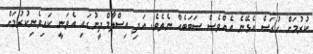
ކުރުމަށް ހުރަސް އެޅޭނެ އެއްވެސް ސަބަބެއް ނެތެވެ. އަދި އިސްލާމްދީނުގައި އެވަނީ ކައިވެނިކުރުމަށް